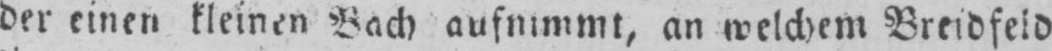
der einen kleinen Bach aufnimmt, an welchem Breidfeld